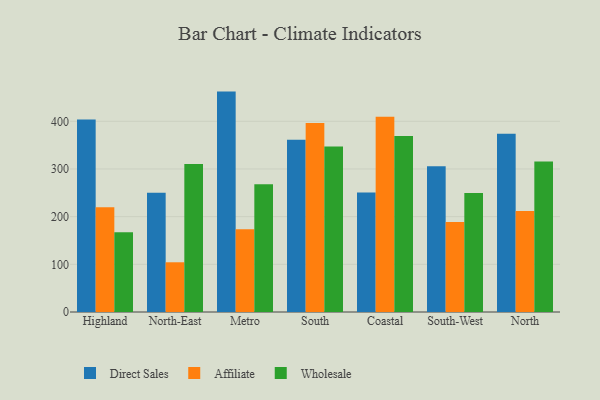
{"axis": {"x": "Region", "y": "Waste Production (Tons)"}, "legend": ["Affiliate", "Direct Sales", "Wholesale"], "data": [{"x": "Highland", "y": 403.8, "type": "Direct Sales"}, {"x": "Highland", "y": 219.7, "type": "Affiliate"}, {"x": "Highland", "y": 167.4, "type": "Wholesale"}, {"x": "North-East", "y": 250.2, "type": "Direct Sales"}, {"x": "North-East", "y": 104.3, "type": "Affiliate"}, {"x": "North-East", "y": 310.3, "type": "Wholesale"}, {"x": "Metro", "y": 462.3, "type": "Direct Sales"}, {"x": "Metro", "y": 173.7, "type": "Affiliate"}, {"x": "Metro", "y": 267.9, "type": "Wholesale"}, {"x": "South", "y": 361.5, "type": "Direct Sales"}, {"x": "South", "y": 396.5, "type": "Affiliate"}, {"x": "South", "y": 347.1, "type": "Wholesale"}, {"x": "Coastal", "y": 250.6, "type": "Direct Sales"}, {"x": "Coastal", "y": 409.5, "type": "Affiliate"}, {"x": "Coastal", "y": 369.3, "type": "Wholesale"}, {"x": "South-West", "y": 305.8, "type": "Direct Sales"}, {"x": "South-West", "y": 188.6, "type": "Affiliate"}, {"x": "South-West", "y": 249.7, "type": "Wholesale"}, {"x": "North", "y": 373.9, "type": "Direct Sales"}, {"x": "North", "y": 211.7, "type": "Affiliate"}, {"x": "North", "y": 315.8, "type": "Wholesale"}]}